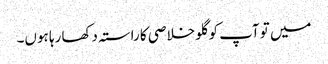
میں تو آپ کو گلو خلاصی کا راستہ دکھا رہا ہوں۔